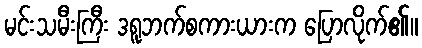
မင်းသမီးကြီး ဒရူဘက်စကားယားက ပြောလိုက်၏။